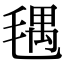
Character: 𣮨